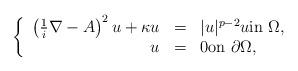
LaTeX: \begin{align*}\left\{\begin{array}{rcl} \left( \frac{1}{i}\nabla - A \right)^2 u + \kappa u & = & |u|^{p-2} u \textrm{in } \Omega,\\ u & = & 0 \textrm{on } \partial\Omega, \end{array}\right. \end{align*}